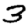
Digit: 3